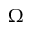
\Omega